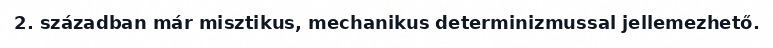
2. században már misztikus, mechanikus determinizmussal jellemezhető.